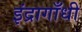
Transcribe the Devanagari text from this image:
इंद्रागाँधी